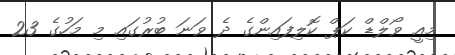
މިއީ ވޯލްޑް ކަޕް ކޮލިފައިންގެ ދެ ވަނަ ބުރުގައި މި މަހުގެ 23